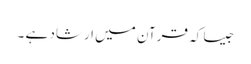
جیسا کہ قرآن میں ارشاد ہے ۔